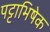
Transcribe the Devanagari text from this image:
पट्टाभिषेक